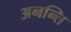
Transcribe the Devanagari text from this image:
अनन्ति